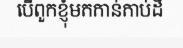
បើពួកខ្ញុំមកកាន់កាប់ដី